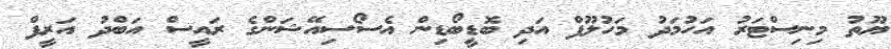
ޔޫތު މިނިސްޓަރު އަހުމަދު މަހުލޫފް އަދި ބޮޑީބޯޑިން އެސޯސިއޭޝަންގެ ރައީސް އަބްދު އަރީފް